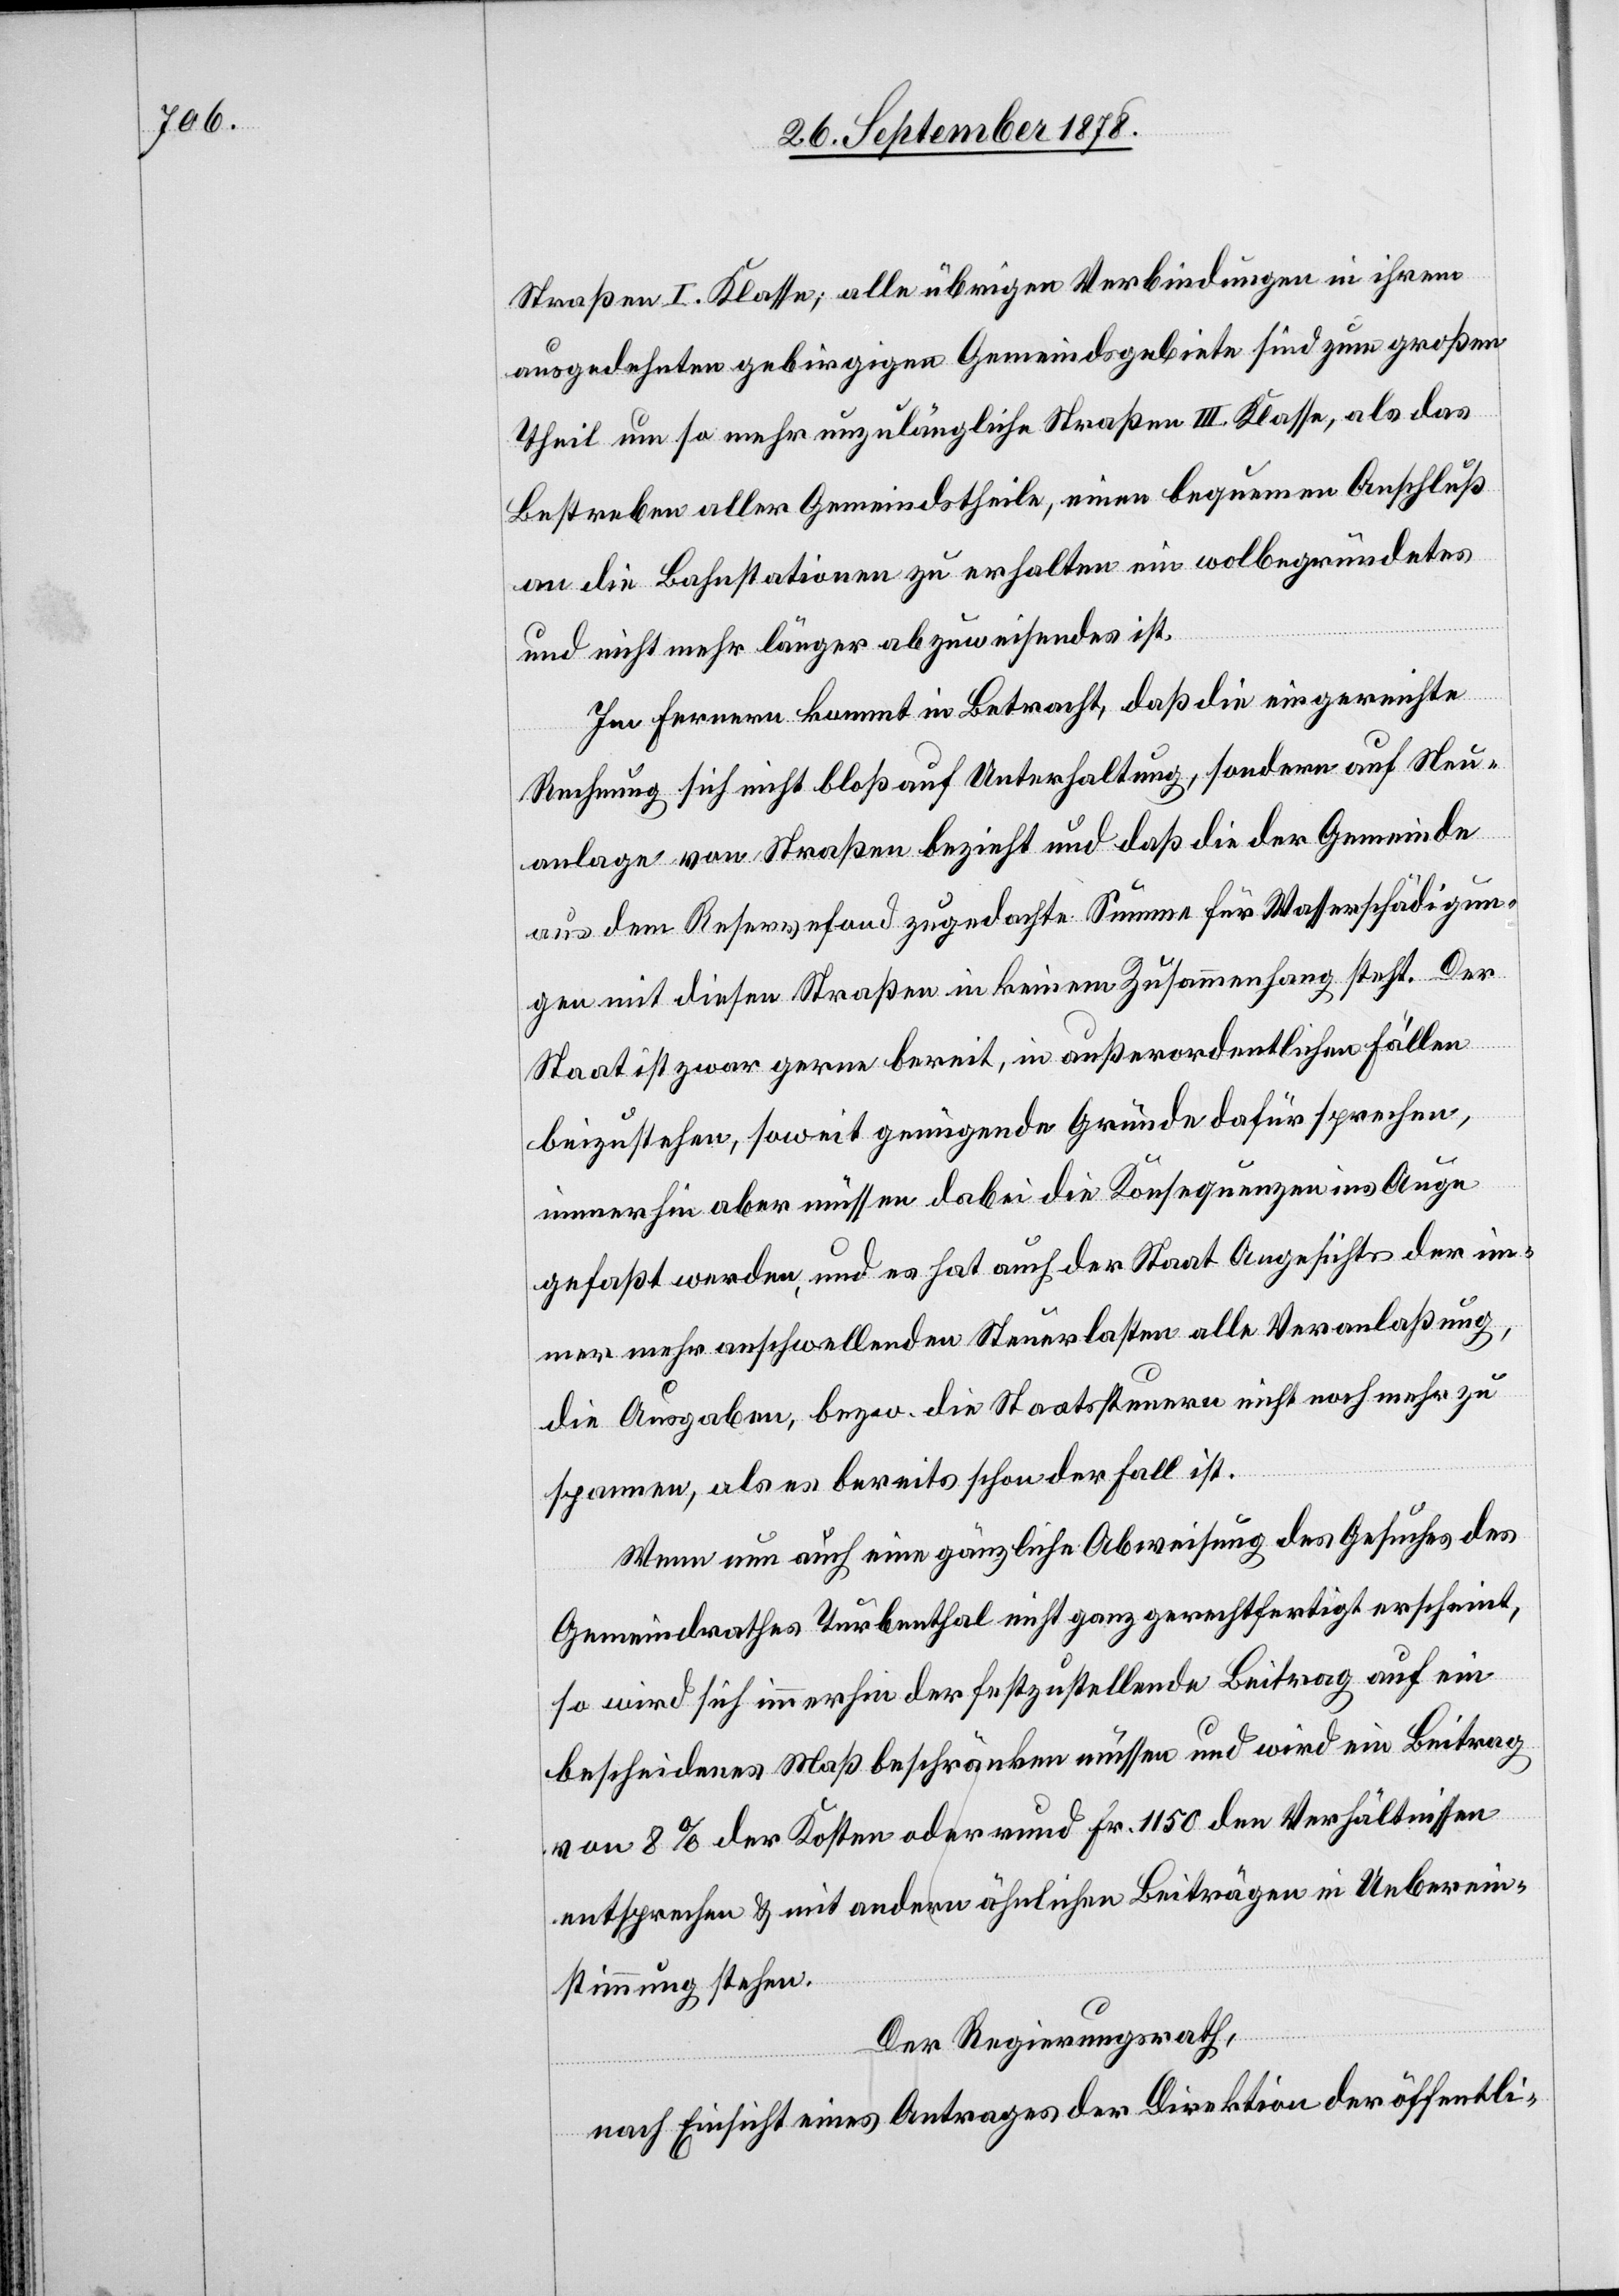
Straßen I. Klasse; alle übrigen Verbindungen in ihrem
ausgedehnten gebirgigen Gemeindsgebiete sind zum großen
Theil um so mehr unzulängliche Straßen III. Klasse, als das
Bestreben aller Gemeindstheile, einen bequemen Anschluß
an die Bahnstationen zu erhalten ein wolbegründetes
und nicht mehr länger abzuweisendes ist.
Im Fernern kommt in Betracht, daß die eingereichte
Rechnung sich nicht bloß auf Unterhaltung, sondern auf Neu¬
anlage von Straßen bezieht und daß die der Gemeinde
aus dem Reservefond zugedachte Summe für Wasserschädigun¬
gen mit diesen Straßen in keinem Zusammenhang steht. Der
Staat ist zwar gerne bereit, in außerordentlichen Fällen
beizustehen, soweit genügende Gründe dafür sprechen,
immerhin aber müssen dabei die Konsequenzen ins Auge
gefaßt werden, und es hat auch der Staat Angesichts der im¬
mer mehr anschwellenden Steuerlasten alle Veranlaßung,
die Ausgaben, bezw. die Staatssteuern nicht noch mehr zu
spannen, als es bereits schon der Fall ist.
Wenn nun auch eine gänzliche Abweisung des Gesuches des
Gemeindrathes Turbenthal nicht ganz gerechtfertigt erscheint,
so wird sich immerhin der festzustellende Beitrag auf ein
bescheidenes Maß beschränken müssen und wird ein Beitrag
von 8% der Kosten oder rund Fr. 1150 den Verhältnissen
entsprechen & mit andern ähnlichen Beiträgen in Ueberein¬
stimmung stehen.
Der Regierungsrath,
nach Einsicht eines Antrages der Direktion der öffentli-